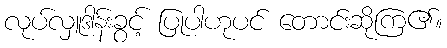
လုပ်လှူဒါန်းခွင့် ပြုပါဟုပင် တောင်းဆိုကြ၏။